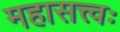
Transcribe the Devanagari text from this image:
महासत्त्वः